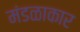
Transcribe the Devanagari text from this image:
मंडळाकार